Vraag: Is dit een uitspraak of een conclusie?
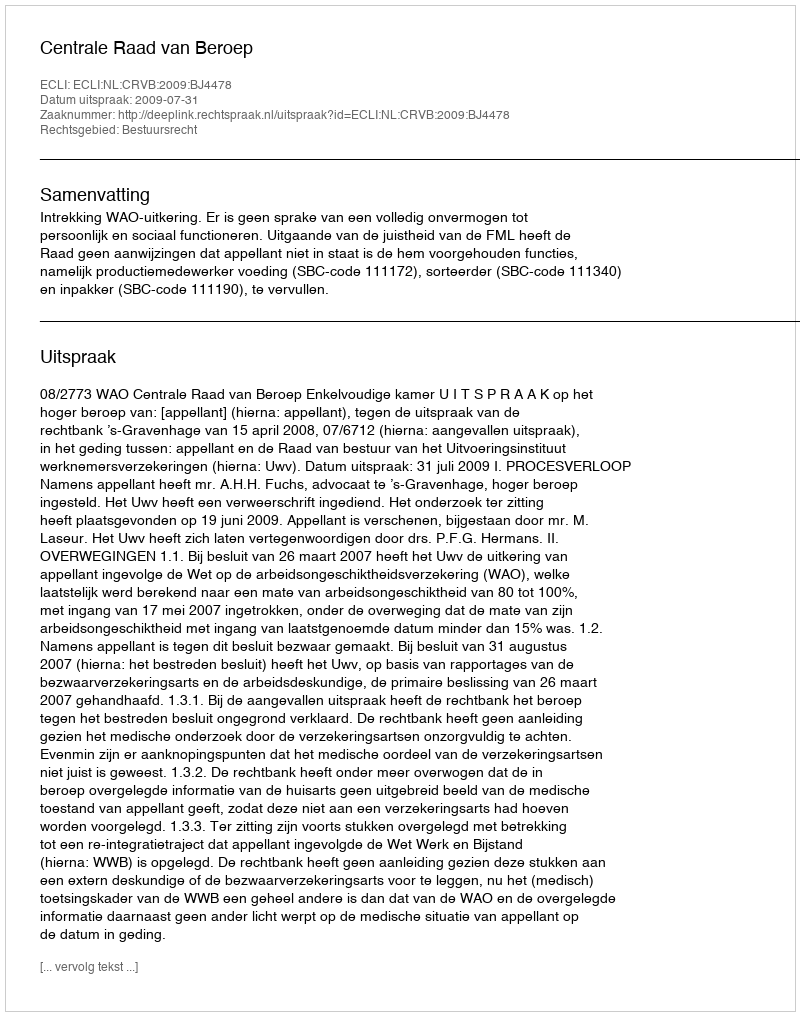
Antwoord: Uitspraak